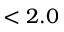
< 2 . 0